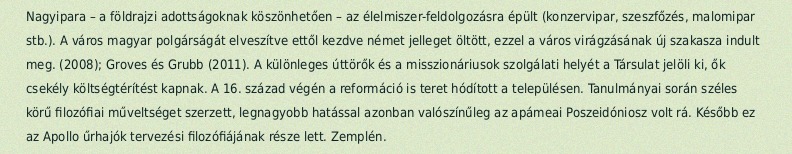
Nagyipara – a földrajzi adottságoknak köszönhetően – az élelmiszer-feldolgozásra épült (konzervipar, szeszfőzés, malomipar stb.). A város magyar polgárságát elveszítve ettől kezdve német jelleget öltött, ezzel a város virágzásának új szakasza indult meg. (2008); Groves és Grubb (2011). A különleges úttörők és a misszionáriusok szolgálati helyét a Társulat jelöli ki, ők csekély költségtérítést kapnak. A 16. század végén a reformáció is teret hódított a településen. Tanulmányai során széles körű filozófiai műveltséget szerzett, legnagyobb hatással azonban valószínűleg az apámeai Poszeidóniosz volt rá. Később ez az Apollo űrhajók tervezési filozófiájának része lett. Zemplén.